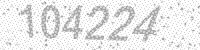
Solution: 104224